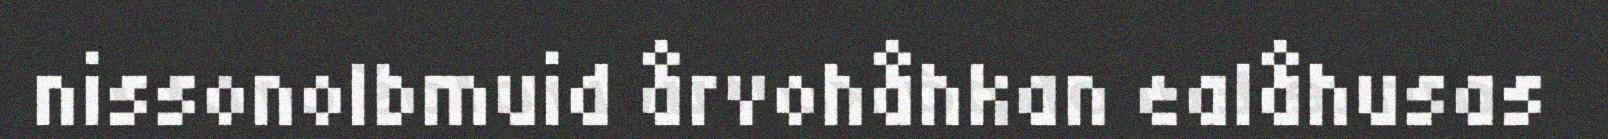
nissonolbmuid årvohåhkan ealåhusas